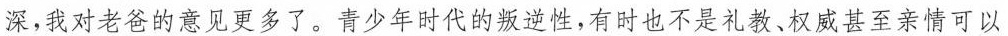
深，我对老爸的意见更多了。青少年时代的逆性，有时也不是礼教，权威甚至亲情可以